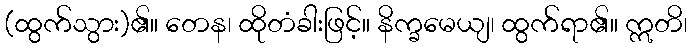
(ထွက်သွား)၏။ တေန၊ ထိုတံခါးဖြင့်။ နိက္ခမေယျ၊ ထွက်ရာ၏။ ဣတိ၊